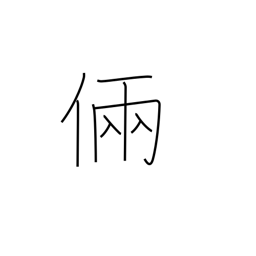
Meaning: skill